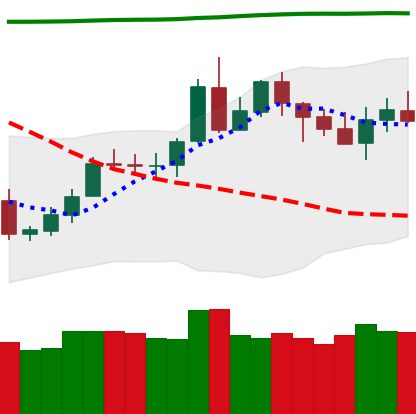
Ticker: LTC-USD
Chart end date: 2020-05-09
Forward return: -7.042%
Label: down_7plus